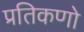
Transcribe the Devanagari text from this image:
प्रतिकणो